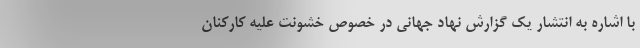
با اشاره به انتشار یک گزارش نهاد جهانی در خصوص خشونت علیه کارکنان